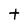
Character: t